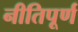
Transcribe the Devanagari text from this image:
नीतिपूर्ण